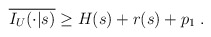
\begin{align*}\overline{I_U(\cdot|s)} \geq H(s) + r(s) + p_1 \;.\end{align*}